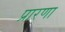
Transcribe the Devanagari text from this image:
प्रारणा